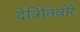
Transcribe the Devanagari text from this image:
देत्रितिवोरे